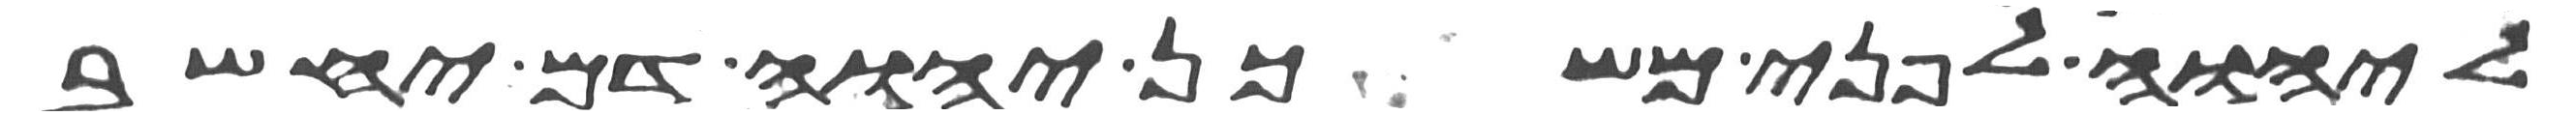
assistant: ליהוה לפני משכן יהוה דם יחשב